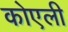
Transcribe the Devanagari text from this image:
कोएली